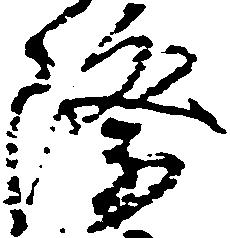
際